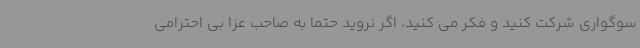
سوگواری شرکت کنید و فکر می کنید، اگر نروید حتما به صاحب عزا بی احترامی